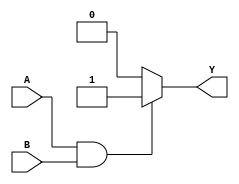
module and_gate (
    input A,
    input B,
    output reg Y
);

always @* begin
    if (A && B) begin
        Y = 1;
    end else begin
        Y = 0;
    end
end

endmodule